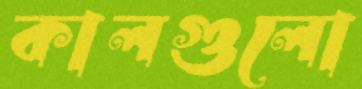
কালগুলো